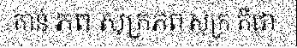
កាន់ ភព សុក្រភព សុក្រ គឺជា